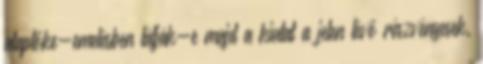
alaptőke-emelésben látják-e majd a kiutat a jelen lévő részvényesek.